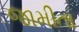
જામીતા